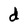
Character: d